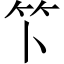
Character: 𫁰